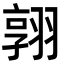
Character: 𮋈